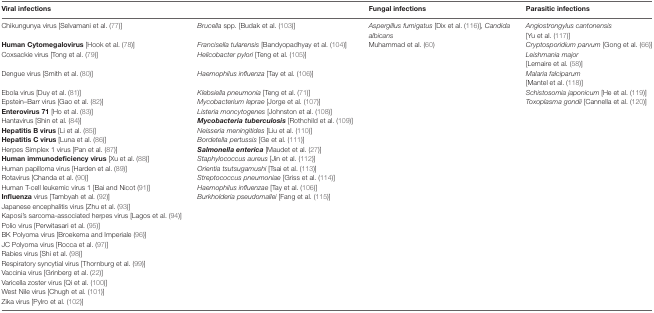
<table><thead><tr><td><b>Viral infections</b></td><td>[EMPTY_CELL]</td><td><b>Fungal infections</b></td><td><b>Parasitic infections</b></td></tr></thead><tbody><tr><td>Chikungunya virus [Selvamani et al. (77)]</td><td><i>Brucella</i> spp. [Budak et al. (103)]</td><td><i>Aspergillus fumigatus</i> [Dix et al. (116)], <i>Candida albicans</i></td><td><i>Angiostrongylus cantonensis</i> [Yu et al. (117)]</td></tr><tr><td><b>Human Cytomegalovirus</b> [Hook et al. (78)]</td><td><i>Francisella tularensis</i> [Bandyopadhyay et al. (104)]</td><td>Muhammad et al. (60)</td><td><i>Cryptosporidium parvum</i> [Gong et al. (66)]</td></tr><tr><td>Coxsackie virus [Tong et al. (79)]</td><td><i>Helicobacter pylori</i> [Teng et al. (105)]</td><td>[EMPTY_CELL]</td><td><i>Leishmania major</i> [Lemaire et al. (58)]</td></tr><tr><td>Dengue virus [Smith et al. (80)]</td><td><i>Haemophilus influenza</i> [Tay et al. (106)]</td><td>[EMPTY_CELL]</td><td><i>Malaria falciparum</i> [Mantel et al. (118)]</td></tr><tr><td>Ebola virus [Duy et al. (81)]</td><td><i>Klebsiella pneumonia</i> [Teng et al. (71)]</td><td>[EMPTY_CELL]</td><td><i>Schistosomia japonicum</i> [He et al. (119)]</td></tr><tr><td>Epstein–Barr virus [Gao et al. (82)]</td><td><i>Mycobacterium leprae</i> [Jorge et al. (107)]</td><td>[EMPTY_CELL]</td><td><i>Toxoplasma gondii</i> [Cannella et al. (120)]</td></tr><tr><td><b>Enterovirus 71</b> [Ho et al. (83)]</td><td><i>Listeria moncytogenes</i> [Johnston et al. (108)]</td><td>[EMPTY_CELL]</td><td>[EMPTY_CELL]</td></tr><tr><td>Hantavirus [Shin et al. (84)]</td><td><b><i>Mycobacteria tuberculosis</i></b> [Rothchild et al. (109)]</td><td>[EMPTY_CELL]</td><td>[EMPTY_CELL]</td></tr><tr><td><b>Hepatitis B virus</b> [Li et al. (85)]</td><td><i>Neisseria meningitides</i> [Liu et al. (110)]</td><td>[EMPTY_CELL]</td><td>[EMPTY_CELL]</td></tr><tr><td><b>Hepatitis C virus</b> [Luna et al. (86)]</td><td><i>Bordetella pertussis</i> [Ge et al. (111)]</td><td>[EMPTY_CELL]</td><td>[EMPTY_CELL]</td></tr><tr><td>Herpes Simplex 1 virus [Pan et al. (87)]</td><td><b><i>Salmonella enterica</i></b> [Maudet et al. (27)]</td><td>[EMPTY_CELL]</td><td>[EMPTY_CELL]</td></tr><tr><td><b>Human immunodeficiency virus</b> [Xu et al. (88)]</td><td><i>Staphylococcus aureus</i> [Jin et al. (112)]</td><td>[EMPTY_CELL]</td><td>[EMPTY_CELL]</td></tr><tr><td>Human papilloma virus [Harden et al. (89)]</td><td><i>Orientia tsutsugamushi</i> [Tsai et al. (113)]</td><td>[EMPTY_CELL]</td><td>[EMPTY_CELL]</td></tr><tr><td>Rotavirus [Chanda et al. (90)]</td><td><i>Streptococcus pneumoniae</i> [Griss et al. (114)]</td><td>[EMPTY_CELL]</td><td>[EMPTY_CELL]</td></tr><tr><td>Human T-cell leukemic virus 1 [Bai and Nicot (91)]</td><td><i>Haemophilus influenzae</i> [Tay et al. (106)]</td><td>[EMPTY_CELL]</td><td>[EMPTY_CELL]</td></tr><tr><td><b>Influenza</b> virus [Tambyah et al. (92)]</td><td><i>Burkholderia pseudomallei</i> [Fang et al. (115)]</td><td>[EMPTY_CELL]</td><td>[EMPTY_CELL]</td></tr><tr><td>Japanese encephalitis virus [Zhu et al. (93)]</td><td>[EMPTY_CELL]</td><td>[EMPTY_CELL]</td><td>[EMPTY_CELL]</td></tr><tr><td>Kaposi’s sarcoma-associated herpes virus [Lagos et al. (94)]</td><td>[EMPTY_CELL]</td><td>[EMPTY_CELL]</td><td>[EMPTY_CELL]</td></tr><tr><td>Polio virus [Perwitasari et al. (95)]</td><td>[EMPTY_CELL]</td><td>[EMPTY_CELL]</td><td>[EMPTY_CELL]</td></tr><tr><td>BK Polyoma virus [Broekema and Imperiale (96)]</td><td>[EMPTY_CELL]</td><td>[EMPTY_CELL]</td><td>[EMPTY_CELL]</td></tr><tr><td>JC Polyoma virus [Rocca et al. (97)]</td><td>[EMPTY_CELL]</td><td>[EMPTY_CELL]</td><td>[EMPTY_CELL]</td></tr><tr><td>Rabies virus [Shi et al. (98)]</td><td>[EMPTY_CELL]</td><td>[EMPTY_CELL]</td><td>[EMPTY_CELL]</td></tr><tr><td>Respiratory syncytial virus [Thornburg et al. (99)]</td><td>[EMPTY_CELL]</td><td>[EMPTY_CELL]</td><td>[EMPTY_CELL]</td></tr><tr><td>Vaccinia virus [Grinberg et al. (22)]</td><td>[EMPTY_CELL]</td><td>[EMPTY_CELL]</td><td>[EMPTY_CELL]</td></tr><tr><td>Varicella zoster virus [Qi et al. (100)]</td><td>[EMPTY_CELL]</td><td>[EMPTY_CELL]</td><td>[EMPTY_CELL]</td></tr><tr><td>West Nile virus [Chugh et al. (101)]</td><td>[EMPTY_CELL]</td><td>[EMPTY_CELL]</td><td>[EMPTY_CELL]</td></tr><tr><td>Zika virus [Pylro et al. (102)]</td><td>[EMPTY_CELL]</td><td>[EMPTY_CELL]</td><td>[EMPTY_CELL]</td></tr></tbody></table>